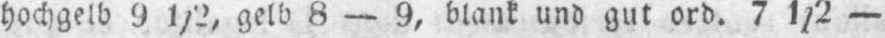
hellgelb 9 1/2, gelb 8 - 9, blank und gut ord. 7 1/2 -